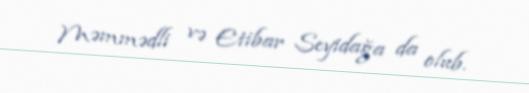
Məmmədli və Etibar Seyidağa da olub.